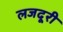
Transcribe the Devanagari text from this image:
लजदूरी